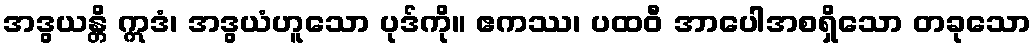
အဒွယန္တိ ဣဒံ၊ အဒွယံဟူသော ပုဒ်ကို။ ဧကဿ၊ ပထဝီ အာပေါအစရှိသော တခုသော